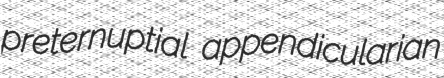
preternuptial appendicularian